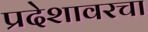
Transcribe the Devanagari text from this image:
प्रदेशावरचा